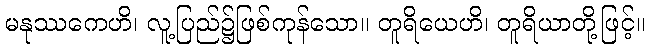
မနုဿကေဟိ၊ လူ့ပြည်၌ဖြစ်ကုန်သော။ တူရိယေဟိ၊ တူရိယာတို့ဖြင့်။